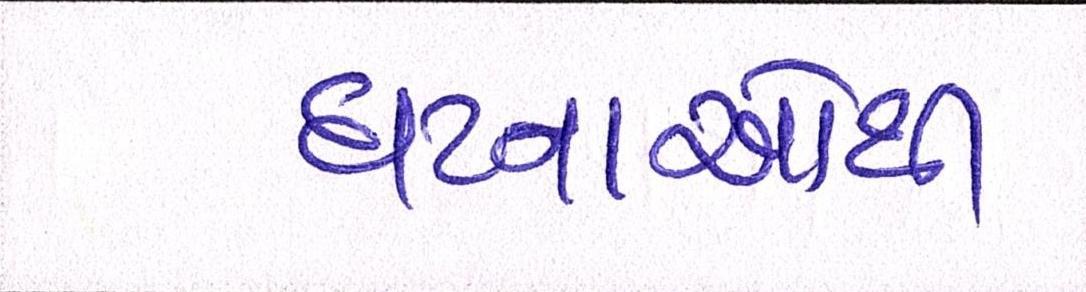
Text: ઘટનાઓથી